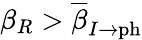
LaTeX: \beta_{R}>\overline{{\beta}}_{I\rightarrow\mathrm{ph}}